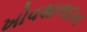
ખોવશાલદાન